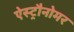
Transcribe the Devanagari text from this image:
ऐस्ट्रौनोमर